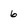
Character: 6